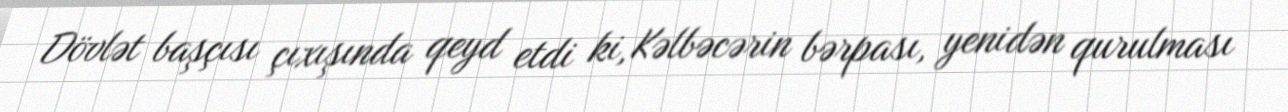
Dövlət başçısı çıxışında qeyd etdi ki, Kəlbəcərin bərpası, yenidən qurulması